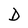
Character: D